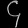
Digit: ၄